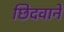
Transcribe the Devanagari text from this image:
छिदवाने